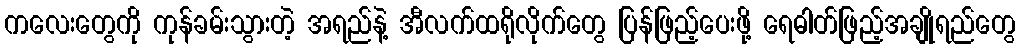
ကလေးတွေကို ကုန်ခမ်းသွားတဲ့ အရည်နဲ့ အီလက်ထရိုလိုက်တွေ ပြန်ဖြည့်ပေးဖို့ ရေဓါတ်ဖြည့်အချိုရည်တွေ